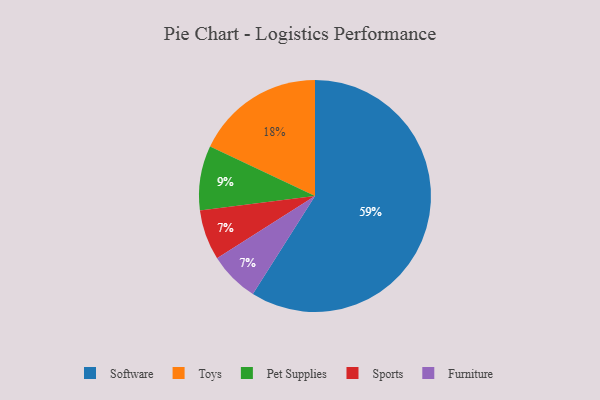
{"axis": {"x": "Category", "y": "Percentage"}, "legend": ["Furniture", "Pet Supplies", "Software", "Sports", "Toys"], "data": [{"x": "Toys", "y": 18, "type": "Toys"}, {"x": "Sports", "y": 7, "type": "Sports"}, {"x": "Furniture", "y": 7, "type": "Furniture"}, {"x": "Pet Supplies", "y": 9, "type": "Pet Supplies"}, {"x": "Software", "y": 59, "type": "Software"}]}